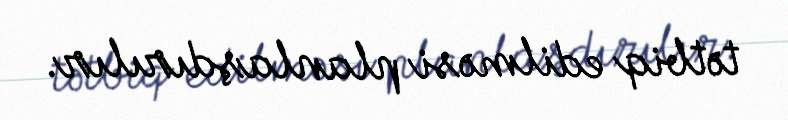
tətbiq edilməsi planlaşdırılır.